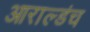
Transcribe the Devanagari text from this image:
आराल्डंच